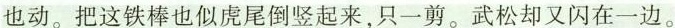
也动。把这铁棒也似虎尾倒竖起来，只一剪。武松却又闪在一边。